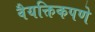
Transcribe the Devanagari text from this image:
वैयक्तिकपणे